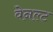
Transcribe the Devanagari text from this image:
वेनल्ट